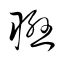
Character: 聯